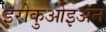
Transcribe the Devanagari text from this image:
इरोकुओइअन